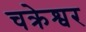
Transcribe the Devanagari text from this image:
चक्रेश्वर